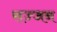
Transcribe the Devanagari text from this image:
सज्‍जन